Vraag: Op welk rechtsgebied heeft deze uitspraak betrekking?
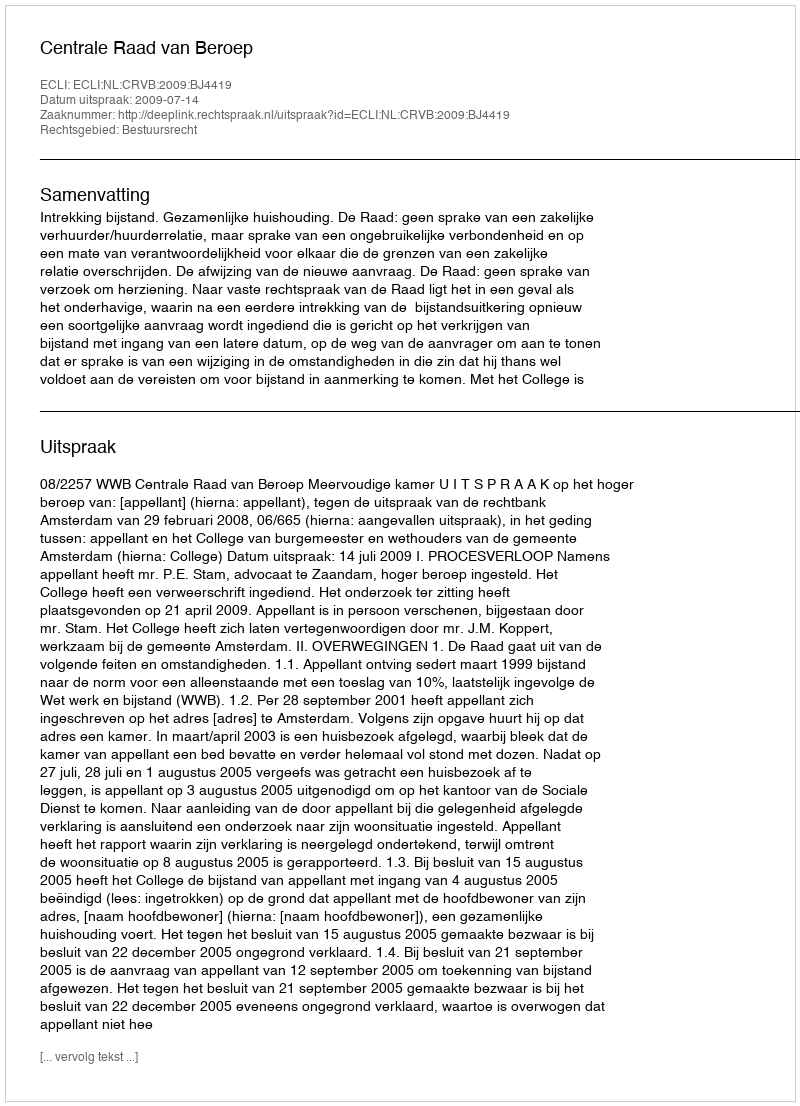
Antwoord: Bestuursrecht